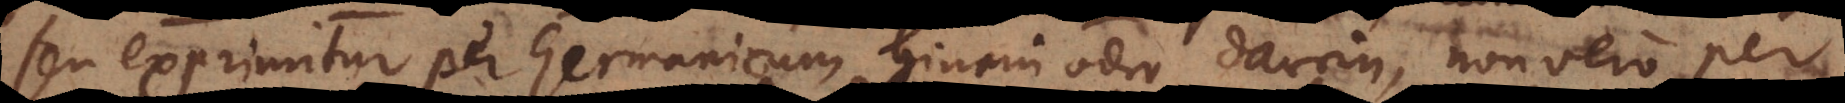
seu exprimitur per Germanicum hinein oder darein, non vero per